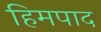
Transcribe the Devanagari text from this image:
हिमपाद